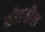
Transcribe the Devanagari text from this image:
सोडवील